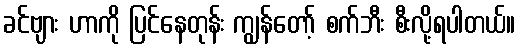
ခင်ဗျား ဟာကို ပြင်နေတုန်း ကျွန်တော့် စက်ဘီး စီးလို့ရပါတယ်။